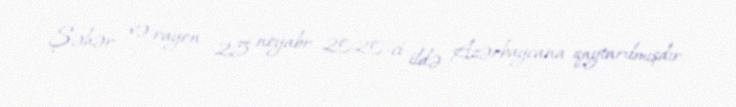
Şəhər və rayon 25 noyabr 2020-ci ildə Azərbaycana qaytarılmışdır.